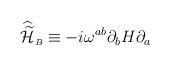
LaTeX: \begin{align*}{\widehat{\widetilde{\cal H}}}_{\scriptscriptstyle B}\equiv -i\omega^{ab}\partial_{b}H\partial_{a}\end{align*}